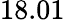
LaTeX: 18.01